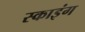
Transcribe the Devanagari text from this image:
स्काइंग